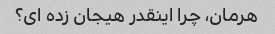
هرمان، چرا اینقدر هیجان زده ای؟